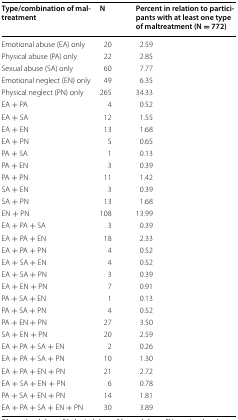
<table><thead><tr><td><b>Type/combination of maltreatment</b></td><td><b>N</b></td><td><b>Percent in relation to participants with at least one type of maltreatment (N = 772)</b></td></tr></thead><tbody><tr><td>Emotional abuse (EA) only</td><td>20</td><td>2.59</td></tr><tr><td>Physical abuse (PA) only</td><td>22</td><td>2.85</td></tr><tr><td>Sexual abuse (SA) only</td><td>60</td><td>7.77</td></tr><tr><td>Emotional neglect (EN) only</td><td>49</td><td>6.35</td></tr><tr><td>Physical neglect (PN) only</td><td>265</td><td>34.33</td></tr><tr><td>EA + PA</td><td>4</td><td>0.52</td></tr><tr><td>EA + SA</td><td>12</td><td>1.55</td></tr><tr><td>EA + EN</td><td>13</td><td>1.68</td></tr><tr><td>EA + PN</td><td>5</td><td>0.65</td></tr><tr><td>PA + SA</td><td>1</td><td>0.13</td></tr><tr><td>PA + EN</td><td>3</td><td>0.39</td></tr><tr><td>PA + PN</td><td>11</td><td>1.42</td></tr><tr><td>SA + EN</td><td>3</td><td>0.39</td></tr><tr><td>SA + PN</td><td>13</td><td>1.68</td></tr><tr><td>EN + PN</td><td>108</td><td>13.99</td></tr><tr><td>EA + PA + SA</td><td>3</td><td>0.39</td></tr><tr><td>EA + PA + EN</td><td>18</td><td>2.33</td></tr><tr><td>EA + PA + PN</td><td>4</td><td>0.52</td></tr><tr><td>EA + SA + EN</td><td>4</td><td>0.52</td></tr><tr><td>EA + SA + PN</td><td>3</td><td>0.39</td></tr><tr><td>EA + EN + PN</td><td>7</td><td>0.91</td></tr><tr><td>PA + SA + EN</td><td>1</td><td>0.13</td></tr><tr><td>PA + SA + PN</td><td>4</td><td>0.52</td></tr><tr><td>PA + EN + PN</td><td>27</td><td>3.50</td></tr><tr><td>SA + EN + PN</td><td>20</td><td>2.59</td></tr><tr><td>EA + PA + SA + EN</td><td>2</td><td>0.26</td></tr><tr><td>EA + PA + SA + PN</td><td>10</td><td>1.30</td></tr><tr><td>EA + PA + EN + PN</td><td>21</td><td>2.72</td></tr><tr><td>EA + SA + EN + PN</td><td>6</td><td>0.78</td></tr><tr><td>PA + SA + EN + PN</td><td>14</td><td>1.81</td></tr><tr><td>EA + PA + SA + EN + PN</td><td>30</td><td>3.89</td></tr></tbody></table>